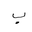
Letter: _ba